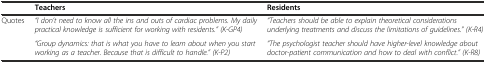
<table><thead><tr><td></td><td><b>Teachers</b></td><td><b>Residents</b></td></tr></thead><tbody><tr><td rowspan="2">Quotes</td><td><i>“I don’t need to know all the ins and outs of cardiac problems. My daily practical knowledge is sufficient for working with residents.” (K-GP4)</i></td><td><i>“Teachers should be able to explain theoretical considerations underlying treatments and discuss the limitations of guidelines.” (K-R4)</i></td></tr><tr><td><i>“Group dynamics: that is what you have to learn about when you start working as a teacher. Because that is difficult to handle.” (K-P2)</i></td><td><i>“The psychologist teacher should have higher-level knowledge about doctor-patient communication and how to deal with conflict.” (K-R8)</i></td></tr></tbody></table>